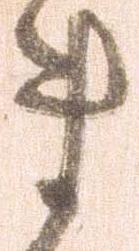
ま